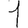
Digit: 1